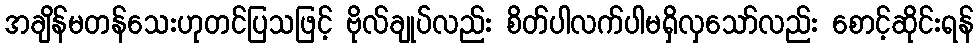
အချိန်မတန်သေးဟုတင်ပြသဖြင့် ဗိုလ်ချုပ်လည်း စိတ်ပါလက်ပါမရှိလှသော်လည်း စောင့်ဆိုင်းရန်